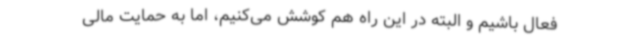
فعال باشیم و البته در این راه هم کوشش می‌کنیم، اما به حمایت مالی